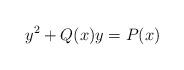
LaTeX: \begin{align*} y^2+Q(x)y=P(x)\end{align*}